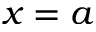
x = a